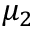
\mu _ { 2 }